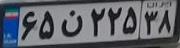
۶۵ن۲۲۵۳۸